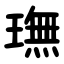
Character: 璑